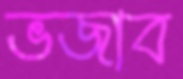
ভজাব